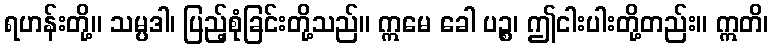
ရဟန်းတို့။ သမ္ပဒါ၊ ပြည့်စုံခြင်းတို့သည်။ ဣမေ ခေါ ပဉ္စ၊ ဤငါးပါးတို့တည်း။ ဣတိ၊